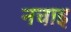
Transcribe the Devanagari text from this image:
नचाइ